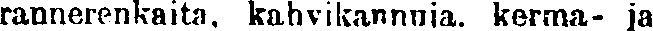
rannerenkaita, kahvikannuja, kerma- ja